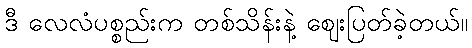
ဒီ လေလံပစ္စည်းက တစ်သိန်းနဲ့ ဈေးပြတ်ခဲ့တယ်။